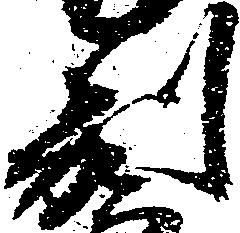
別